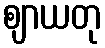
ဈာယတု